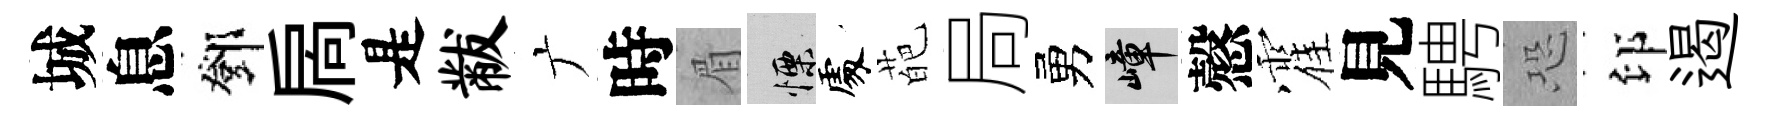
城息鄧扄是黻广時眉慄𠁅葩局勇嶂慤霍見騁恐印遏